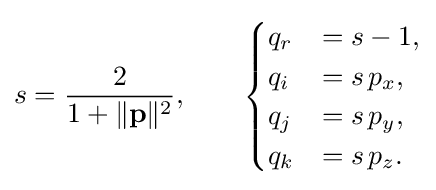
s={\frac {2}{1+\lVert \mathbf {p} \rVert ^{2}}},\qquad {\begin{cases}q_{r}&=s-1,\\q_{i}&=s\,p_{x},\\q_{j}&=s\,p_{y},\\q_{k}&=s\,p_{z}.\end{cases}}